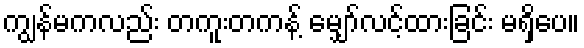
ကျွန်မကလည်း တကူးတကန့် မျှော်လင့်ထားခြင်း မရှိပေ။